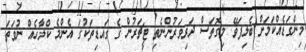
މިންގަޑެއްކަމަށް ބެލިފަވޭ. މިގޮތަސް ދަރިވަރުންނެތި ޓީޗަރުން ގެ ގައޑިތަކުގަ އެންމެ ކްލާހެއް ނުވަތަ